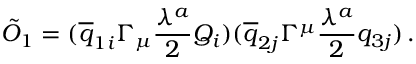
\tilde { { \cal O } } _ { 1 } = ( \overline { { { q } } } _ { 1 i } \Gamma _ { \mu } \frac { \lambda ^ { a } } { 2 } Q _ { i } ) ( \overline { { { q } } } _ { 2 j } \Gamma ^ { \mu } \frac { \lambda ^ { a } } { 2 } q _ { 3 j } ) \, .